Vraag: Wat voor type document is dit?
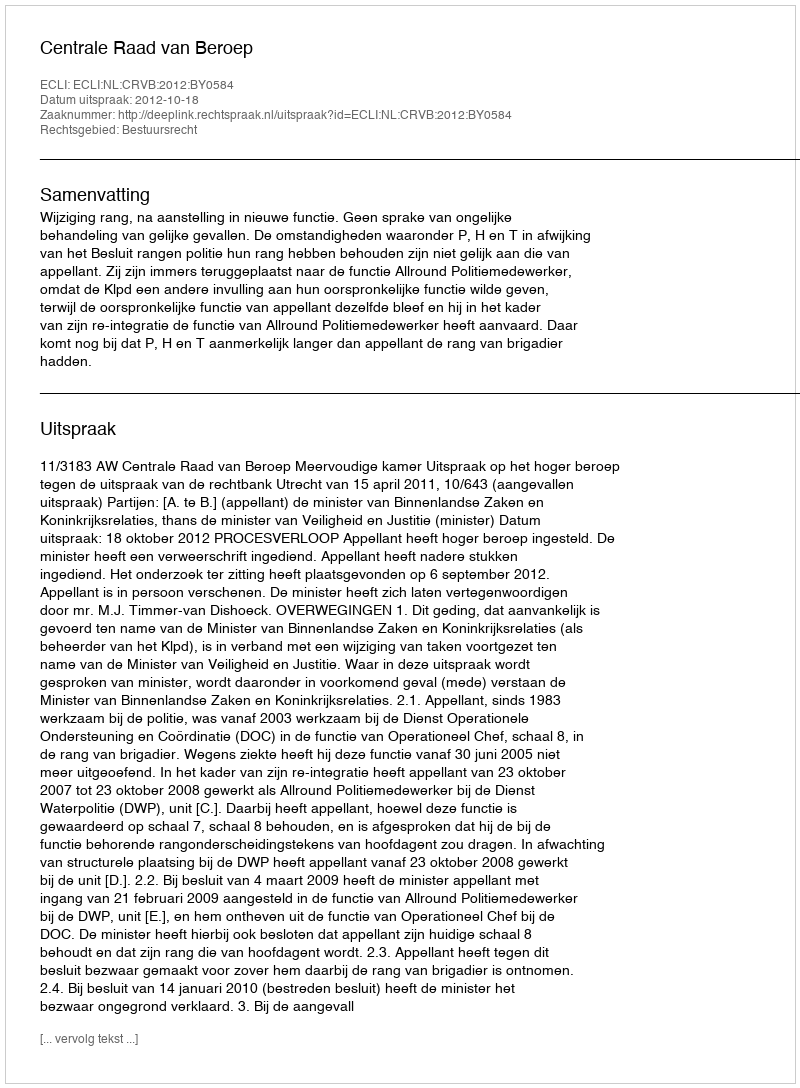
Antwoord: Uitspraak